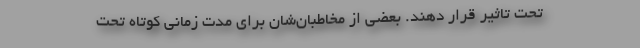
تحت تاثیر قرار دهند. بعضی از مخاطبان‌شان برای مدت زمانی کوتاه تحت